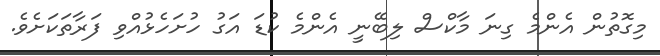
މިގޮތުން އެންމެ ގިނަ މާކްސް ލިބޭނީ އެންމެ ކުޑަ އަގު ހުށަހެޅުއްވި ފަރާތަކަށެވެ.